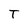
Character: T